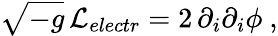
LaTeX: \sqrt{-g}\, {\cal L}_{electr}=2\, \partial_{i}\partial_{i}\phi\ ,